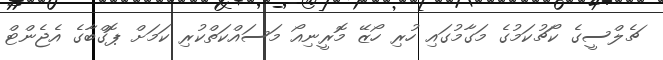
ޗެލްސީގެ ކޯޗުކަމުގެ މަގާމުގައި ހުރި ހޯޒޭ މޮރީނިއޯ މަސައްކަތްކުރި ކަމަށް ޕޮގްބާގެ އެޖެންޓް